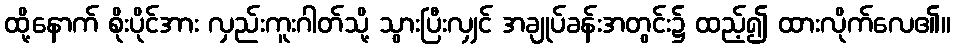
ထို့နောက် စိုးပိုင်အား လှည်းကူးဂါတ်သို့ သွားပြီးလျှင် အချုပ်ခန်းအတွင်း၌ ထည့်၍ ထားလိုက်လေ၏။